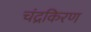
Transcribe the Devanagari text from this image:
चंद्रकिरण